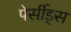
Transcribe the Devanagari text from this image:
पेर्सीड्स